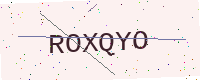
Text: ROXQYO